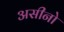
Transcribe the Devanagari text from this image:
असीनो